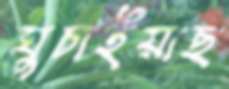
ঘুচাইয়াছ